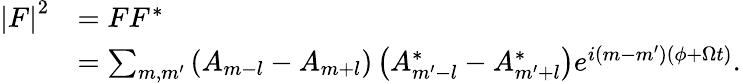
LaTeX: \begin{array}{rl}{\left\vert F\right\vert^{2}}&{=FF^{\ast}}\\ &{=\sum_{m,m^{\prime}}\left(A_{m-l}-A_{m+l}\right)\left(A_{m^{\prime}-l}^{\ast}-A_{m^{\prime}+l}^{\ast}\right)e^{i\left(m-m^{\prime}\right)\left(\phi+\Omega t\right)}.}\end{array}